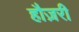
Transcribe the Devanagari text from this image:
हौज़री